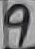
Text: 9